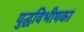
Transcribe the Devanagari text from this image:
युद्धविभीषका